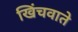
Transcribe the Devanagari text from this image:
खिंचवाते